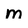
Character: m